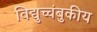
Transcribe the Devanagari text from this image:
विद्युच्चंबुकीय